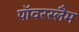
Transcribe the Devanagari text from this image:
पॉवरस्लैम